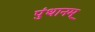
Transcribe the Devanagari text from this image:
पुंथानम्